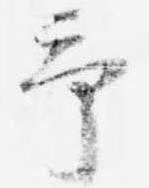
予